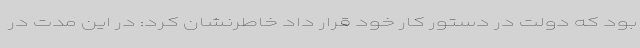
بود که دولت در دستور کار خود قرار داد خاطرنشان کرد: در این مدت در